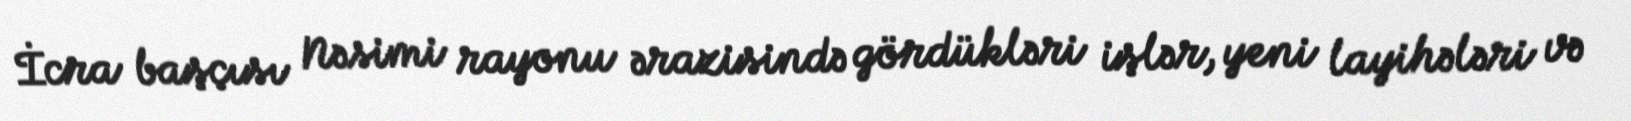
İcra başçısı Nəsimi rayonu ərazisində gördükləri işlər, yeni layihələri və